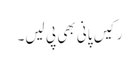
رکیں پانی بھی پی لیں۔